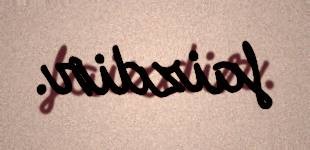
faizdir.